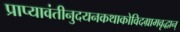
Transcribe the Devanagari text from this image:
प्राप्यावंतीनुदयनकथाकोविदग्रामवृद्धान्